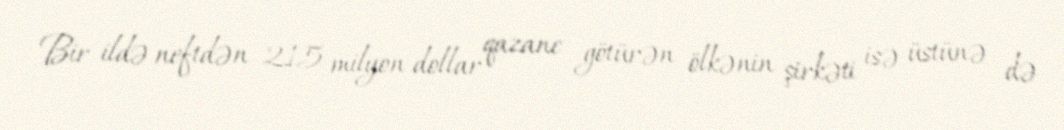
Bir ildə neftdən 215 milyon dollar qazanc götürən ölkənin şirkəti isə üstünə də